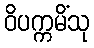
ဝိပက္ကမိံသု